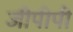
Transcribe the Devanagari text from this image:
जीपीपी